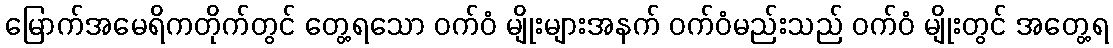
မြောက်အမေရိကတိုက်တွင် တွေ့ရသော ဝက်ဝံ မျိုးများအနက် ဝက်ဝံမည်းသည် ဝက်ဝံ မျိုးတွင် အတွေ့ရ